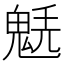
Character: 𩳂